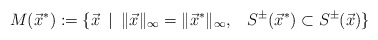
\begin{align*}M(\vec x^*):= \{\vec x\,\,\,|\,\,\,\|\vec x\|_\infty=\|\vec x^*\|_\infty,\;\;\; S^\pm(\vec x^*)\subset S^\pm(\vec x)\}\end{align*}